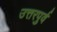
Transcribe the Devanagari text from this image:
उत्तरपुर्व